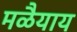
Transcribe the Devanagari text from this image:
मळैयाय